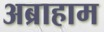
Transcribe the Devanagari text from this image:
अब्राहाम